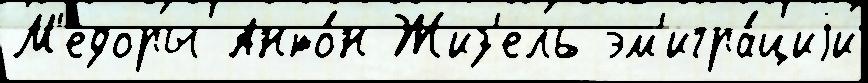
М'едоры Анто́н Жиз'ель эм'игра́циjи